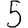
Digit: 5